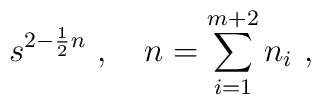
s^{2 - \frac{1}{2} n}\ , \quad n = \sum_{i=1}^{m+2} n_i\ ,